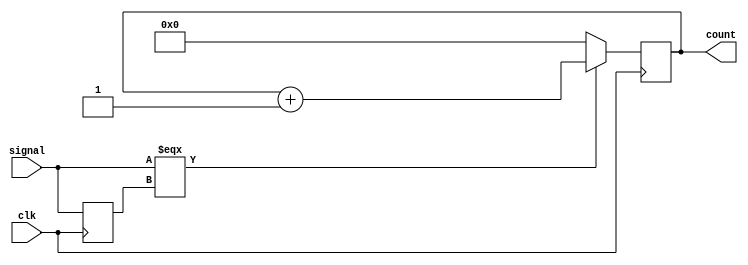
module counterReset
#(parameter WIDTH=27)
(
  output reg [WIDTH:0] count,
  input clk,
  input signal
);

  reg previous = 0;

  initial begin
    count = 0;
  end

  always @ (posedge clk) begin
    if (signal === previous) begin
      count <= count+1;
    end
    else begin
      count <= 0;
    end
    previous <= signal;
  end
endmodule